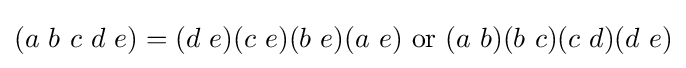
(a\ b\ c\ d\ e)=(d\ e)(c\ e)(b\ e)(a\ e){\text{ or }}(a\ b)(b\ c)(c\ d)(d\ e)